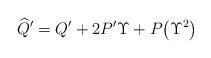
LaTeX: \begin{gather*}\widehat Q^\prime=Q^\prime+2P^\prime \Upsilon+P\big(\Upsilon^2\big)\end{gather*}